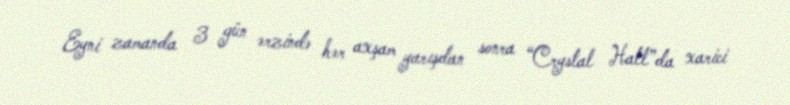
Eyni zamanda 3 gün ərzində hər axşam yarışdan sonra “Crystal Hall”da xarici